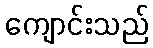
ကျောင်းသည်